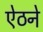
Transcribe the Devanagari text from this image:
ऐठने